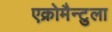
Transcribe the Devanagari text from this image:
एक्रोमैन्टुला